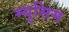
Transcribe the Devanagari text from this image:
म्युसिम